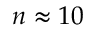
n \approx 1 0